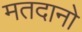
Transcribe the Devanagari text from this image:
मतदानो